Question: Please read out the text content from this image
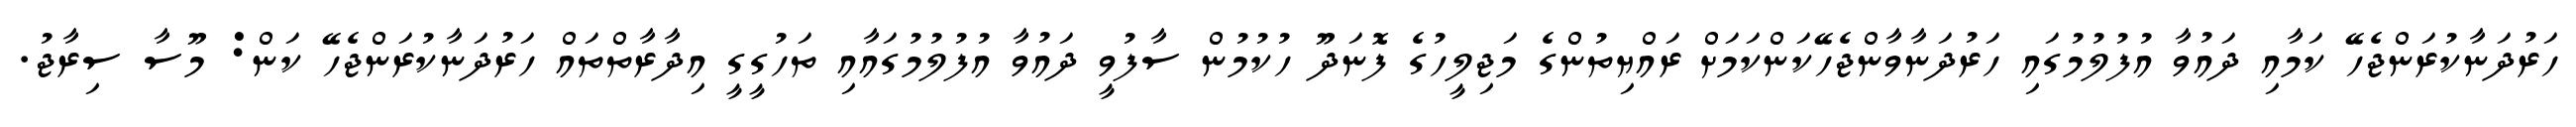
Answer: ހަރުދަނާކުރަންޖެހޭ ކަމާއި ދައުވާ އުފުލުމުގައި ހަރުދަނާވާންޖެހޭކަންކަމަށް ރައްޔިތުންގެ މަޖިލީހުގެ ފޮނަދޫ ހުކުމުން ސާފުވީ ދައުވާ އުފުލުމުގައާއި ތަހުގީގީ އިދާރާތްތައް ހަރުދަނާކުރަންޖެހޭ ކަން: މޫސާ ސިރާޖު.